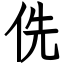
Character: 侁